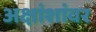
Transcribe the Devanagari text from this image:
अक्षांशांवर